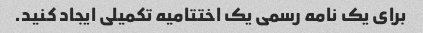
برای یک نامه رسمی یک اختتامیه تکمیلی ایجاد کنید.